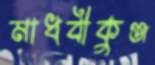
মাধবীকুঞ্জ